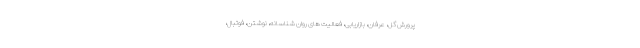
پرورش گل، عرفان، بازاریابی، فعالیت های روان شناسانه، نوشتن، فوتبال،